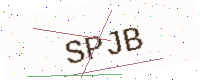
Text: SPJB